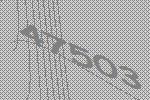
47503